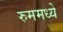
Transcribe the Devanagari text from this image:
रुममध्ये